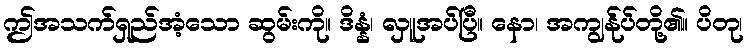
ဤအသက်ရှည်အံ့သော ဆွမ်းကို။ ဒိန္နံ၊ လှူအပ်ပြီ။ နော၊ အကျွန်ုပ်တို့၏။ ပိတု၊